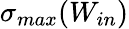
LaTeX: \sigma_{max}(W_{in})